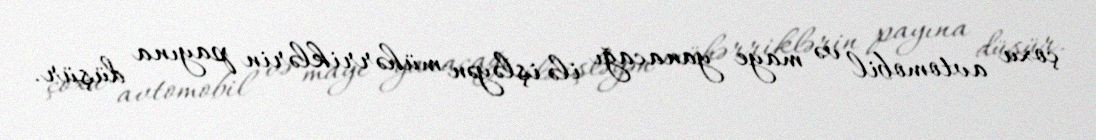
çoxu avtomobil və maye yanacağı ilə işləyən mühərriklərin payına düşür.